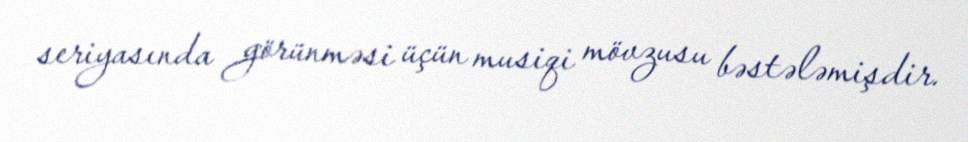
seriyasında görünməsi üçün musiqi mövzusu bəstələmişdir.